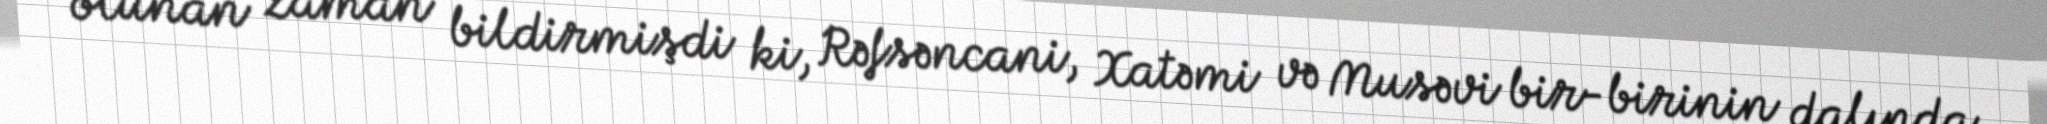
olunan zaman bildirmişdi ki, Rəfsəncani, Xatəmi və Musəvi bir-birinin dalında